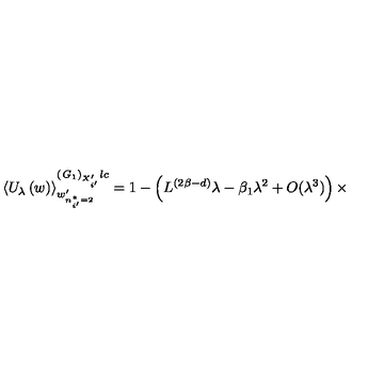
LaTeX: \left\langle U _ { \lambda } \left( w \right) \right\rangle _ { w _ { n _ { i ^ { \prime } } ^ { * } = 2 } ^ { \prime } } ^ { \left( { \it G } _ { 1 } \right) _ { X _ { i ^ { \prime } } ^ { \prime } } l c } = 1 - \left( L ^ { ( 2 \beta - d ) } \lambda - \beta _ { 1 } \lambda ^ { 2 } + O ( \lambda ^ { 3 } ) \right) \times